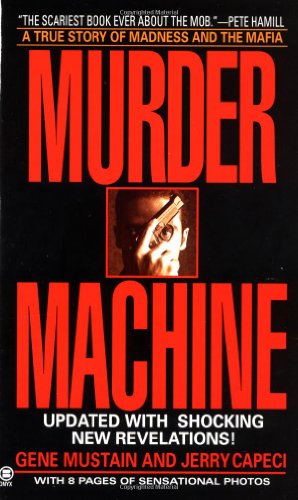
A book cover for Murder Machine (Onyx True Crime); Gene Mustain; Biographies & Memoirs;